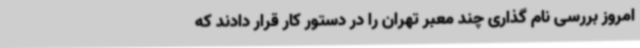
امروز بررسی نام گذاری چند معبر تهران را در دستور کار قرار دادند که